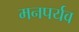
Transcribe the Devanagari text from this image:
मनपर्यव